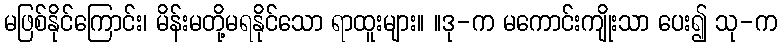
မဖြစ်နိုင်ကြောင်း၊ မိန်းမတို့မရနိုင်သော ရာထူးများ။ ။ဒု-က မကောင်းကျိုးသာ ပေး၍ သု-က